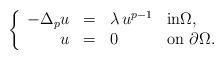
LaTeX: \begin{align*} \left\{\begin{array}{r c l l}-\Delta_p u & = & \lambda\,u^{p-1} & \textrm{in}\Omega, \\ u & = & 0 & \textrm{on }\partial\Omega.\end{array}\right.\end{align*}